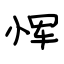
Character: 恽